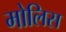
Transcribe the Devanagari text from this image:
मोलिस